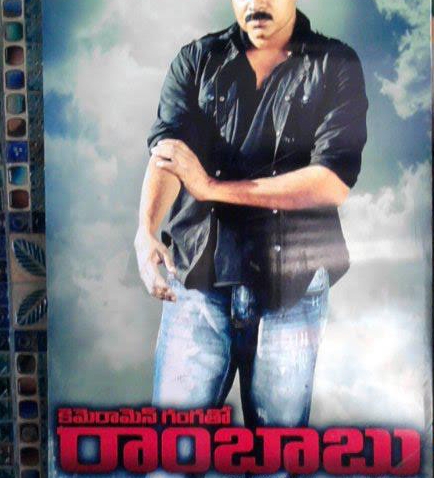
Language: telugu
Transcription: గంగతో రాంబాబు